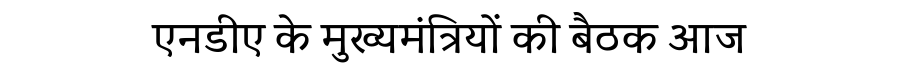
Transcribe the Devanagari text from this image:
एनडीए के मुख्यमंत्रियों की बैठक आज